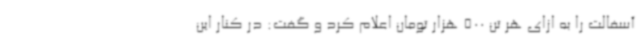
آسفالت را به ازای هر تن 500 هزار تومان اعلام کرد و گفت: در کنار این